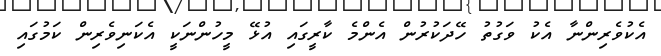
އެކުވެރިންނާ އެކު ވަގުތު ހޭދަކުރުން އެންމެ ކާރީގައި އުޅޭ މީހުންނަކީ އެކަނިވެރިން ކަމުގައި